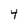
Character: 4